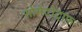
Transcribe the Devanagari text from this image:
सोमेटोट्राफ